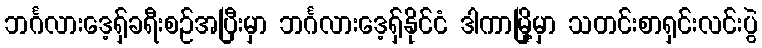
ဘင်္ဂလားဒေ့ရှ်ခရီးစဉ်အပြီးမှာ ဘင်္ဂလားဒေ့ရှ်နိုင်ငံ ဒါကာမြို့မှာ သတင်းစာရှင်းလင်းပွဲ